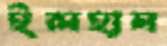
ইলহাম